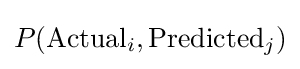
P({\text{Actual}}_{i},{\text{Predicted}}_{j})